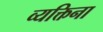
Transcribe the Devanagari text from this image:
व्यक्तिना